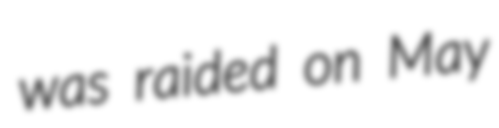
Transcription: was raided on May